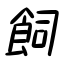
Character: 飼